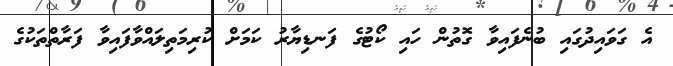
އެ ގަވައިދުގައި ބުނެފައިވާ ގޮތުން ހައި ކޯޓުގެ ފަނޑިޔާރު ކަމަށް ކުރިމަތިލައްވާފައިވާ ފަރާތްތަކުގެ